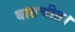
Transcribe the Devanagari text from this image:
बातचीत।